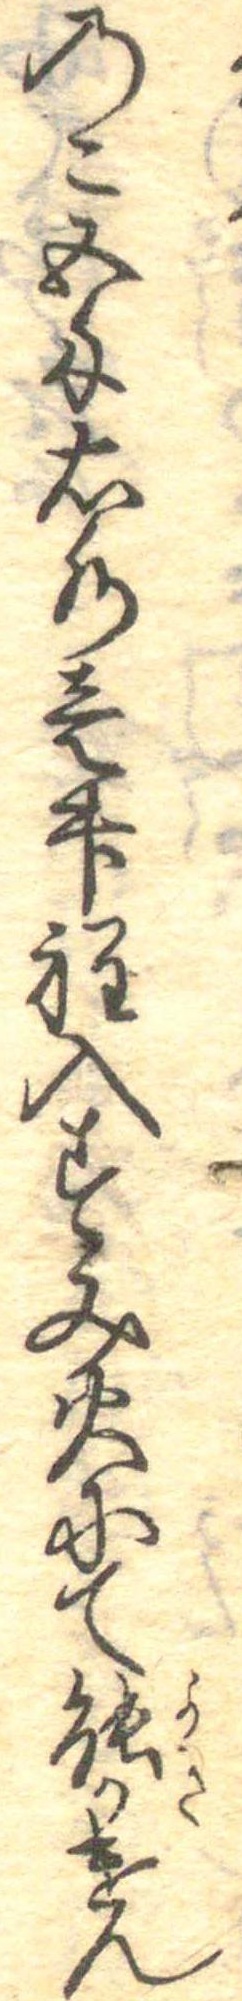
のこ五匁右水壱升程入すみ火にて能かけん